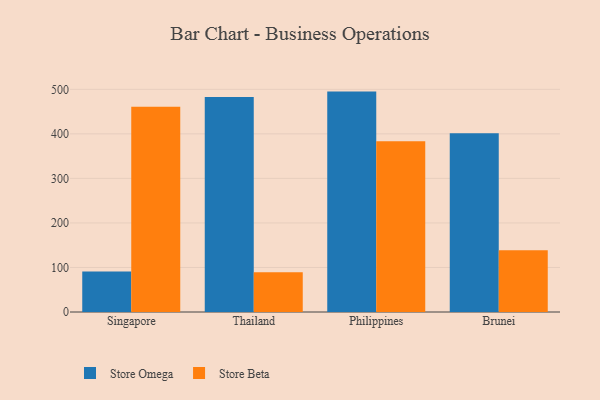
{"axis": {"x": "Country", "y": "Bounce Rate (%)"}, "legend": ["Store Beta", "Store Omega"], "data": [{"x": "Singapore", "y": 90.9, "type": "Store Omega"}, {"x": "Singapore", "y": 461.0, "type": "Store Beta"}, {"x": "Thailand", "y": 483.0, "type": "Store Omega"}, {"x": "Thailand", "y": 89.1, "type": "Store Beta"}, {"x": "Philippines", "y": 494.9, "type": "Store Omega"}, {"x": "Philippines", "y": 383.5, "type": "Store Beta"}, {"x": "Brunei", "y": 401.6, "type": "Store Omega"}, {"x": "Brunei", "y": 138.6, "type": "Store Beta"}]}